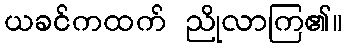
ယခင်ကထက် ညိုလာကြ၏။